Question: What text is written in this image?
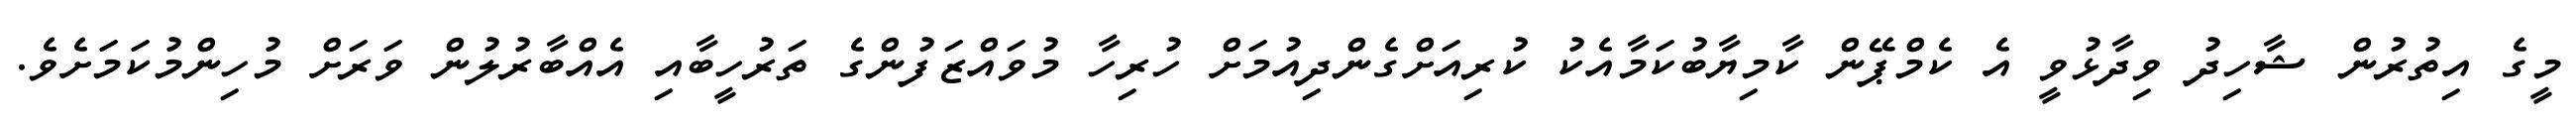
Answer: މީގެ އިތުރުން ޝާހިދު ވިދާޅުވީ އެ ކެމްޕޭން ކާމިޔާބުކަމާއެކު ކުރިއަށްގެންދިއުމަށް ހުރިހާ މުވައްޒަފުންގެ ތަރުހީބާއި އެއްބާރުލުން ވަރަށް މުހިންމުކަމަށެވެ.